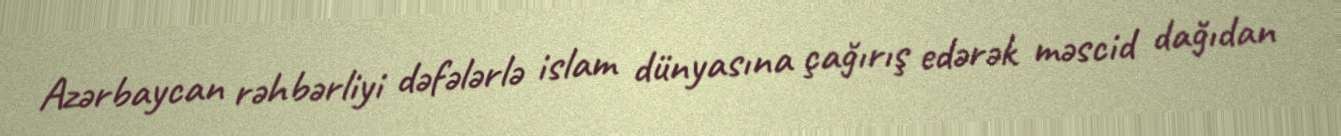
Azərbaycan rəhbərliyi dəfələrlə islam dünyasına çağırış edərək məscid dağıdan